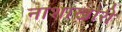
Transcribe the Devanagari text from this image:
नाशाखोरी